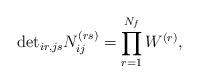
LaTeX: \begin{align*}\mbox{det}_{ir,js}N_{ij}^{(rs)}= \prod_{r=1}^{N_f} W^{(r)},\end{align*}